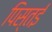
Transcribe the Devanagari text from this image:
पिस्तई